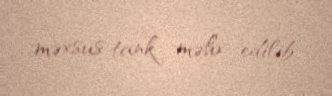
məxsus tank məhv edilib.